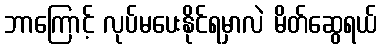
ဘာကြောင့် လုပ်မပေးနိုင်ရမှာလဲ မိတ်ဆွေရယ်